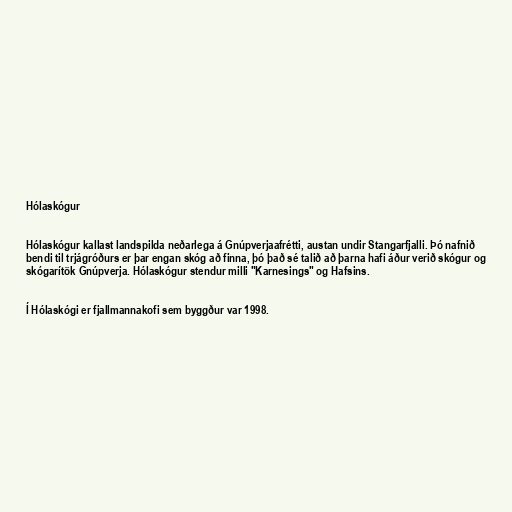
Hólaskógur

Hólaskógur kallast landspilda neðarlega á Gnúpverjaafrétti, austan undir Stangarfjalli. Þó nafnið
bendi til trjágróðurs er þar engan skóg að finna, þó það sé talið að þarna hafi áður verið skógur og
skógarítök Gnúpverja. Hólaskógur stendur milli "Karnesings" og Hafsins.

Í Hólaskógi er fjallmannakofi sem byggður var 1998.